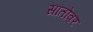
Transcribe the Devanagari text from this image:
सातोवर